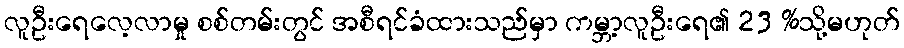
လူဦးရေလေ့လာမှု စစ်တမ်းတွင် အစီရင်ခံထားသည်မှာ ကမ္ဘာ့လူဦးရေ၏ 23 %သို့မဟုတ်